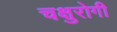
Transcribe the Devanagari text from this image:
चक्षुरोगी